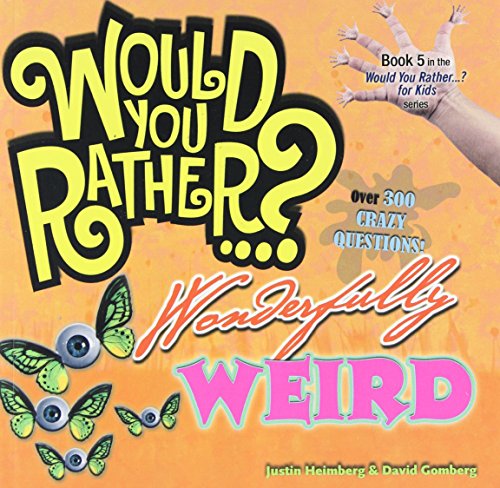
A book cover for Would You Rather...? Wonderfully Weird: Over 300 Crazy Questions!; Justin Heimberg; Children's Books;